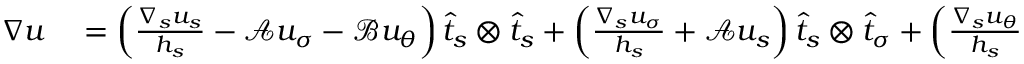
\begin{array} { r l } { \nabla u } & { { } = \left( \frac { \nabla _ { s } u _ { s } } { h _ { s } } - \mathcal { A } u _ { \sigma } - \mathcal { B } u _ { \theta } \right) \widehat { t } _ { s } \otimes \widehat { t } _ { s } + \left( \frac { \nabla _ { s } u _ { \sigma } } { h _ { s } } + \mathcal { A } u _ { s } \right) \widehat { t } _ { s } \otimes \widehat { t } _ { \sigma } + \left( \frac { \nabla _ { s } u _ { \theta } } { h _ { s } } + \mathcal { B } u _ { s } \right) \widehat { t } _ { s } \otimes \widehat { t } _ { \theta } } \end{array}